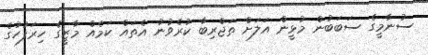
ސުނާމީގެ ސަބަބުން މުޅީން އަލަށް ތަޖްރިބާ ކުރެވުނު އެތައް ކަމެއް މާޒީގެ ހިރަފުހުގެ